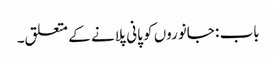
باب : جانوروں کو پانی پلانے کے متعلق۔